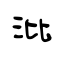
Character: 沘